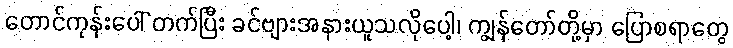
တောင်ကုန်းပေါ် တက်ပြီး ခင်ဗျားအနားယူသလိုပေါ့၊ ကျွန်တော်တို့မှာ ပြောစရာတွေ